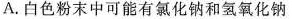
A.白色粉末中可能有氯化钠和氢氧化钠